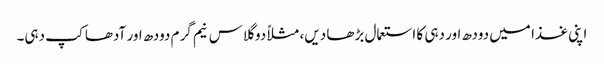
اپنی غذا میں دودھ اور دہی کا استعمال بڑھا دیں، مثلاً دو گلاس نیم گرم دودھ اور آدھا کپ دہی۔